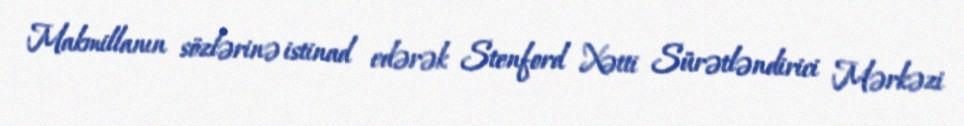
Makmillanın sözlərinə istinad edərək Stenford Xətti Sürətləndirici Mərkəzi